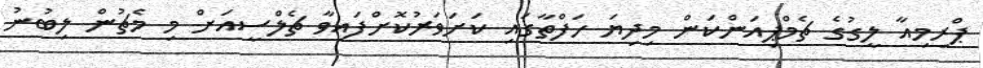
ޕްރިމިއާ ލީގުގެ ޗެމްޕިއަންކަން މިދިޔަ ހަފްތާގައި ކަށަވަރުކޮށްފައިވާ ޗެލްސީއަށް މި މެޗުން ލިބުނު